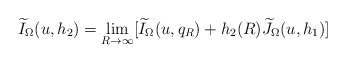
\begin{align*}\widetilde{I}_{\Omega}(u,h_{2})=\lim_{R\rightarrow\infty}[\widetilde{I}_{\Omega}(u,q_{R})+h_{2}(R)\widetilde{J}_{\Omega}(u,h_{1})]\end{align*}